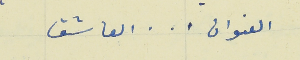
العنوان   .   .   .   العاشق